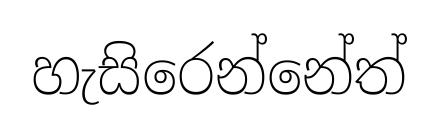
හැසිරෙන්නේත්